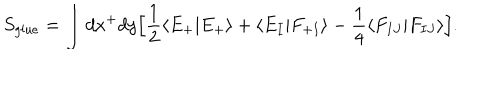
S _ { g l u e } = \int d x ^ { + } d y \Big [ \frac { 1 } { 2 } \langle E _ { + } | E _ { + } \rangle + \langle E _ { I } | F _ { + I } \rangle - \frac { 1 } { 4 } \langle F _ { I J } | F _ { I J } \rangle \Big ] .